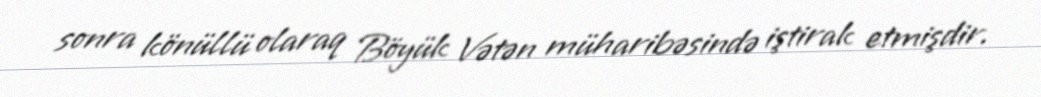
sonra könüllü olaraq Böyük Vətən müharibəsində iştirak etmişdir.